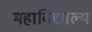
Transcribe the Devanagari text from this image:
महाविद्याल्य